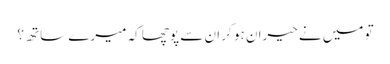
تو میں نے حیران ہو کر ان سے پوچھا کہ میرے ساتھ ؟